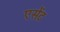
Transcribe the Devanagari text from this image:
एसेंट